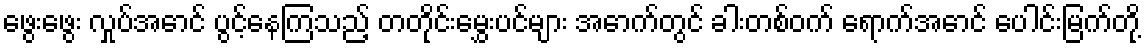
ဖွေးဖွေး လှုပ်အောင် ပွင့်နေကြသည့် တတိုင်းမွှေးပင်များ အောက်တွင် ခါးတစ်ဝက် ရောက်အောင် ပေါင်းမြက်တို့